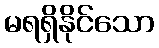
မရရှိနိုင်သော